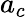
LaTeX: a_{c}